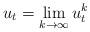
LaTeX: \begin{align*}u_t=\lim_{k\rightarrow \infty} u^k_t\end{align*}